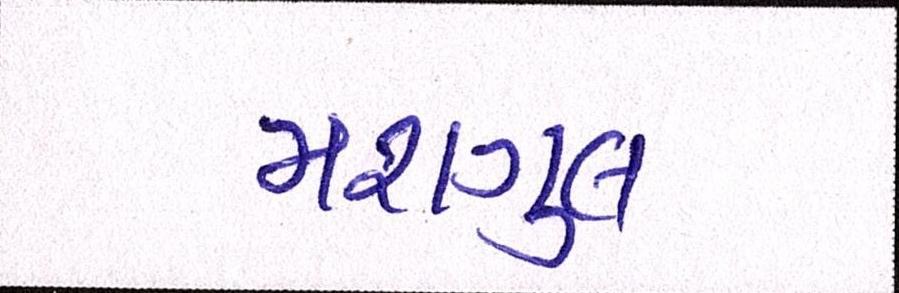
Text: મશગુલ